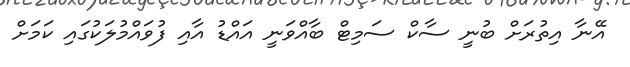
އޭނާ އިތުރަށް ބުނީ ސާކް ސަމިޓް ބާއްވަނީ އައްޑު އާއި ފުވައްމުލަކުގައި ކަމަށް